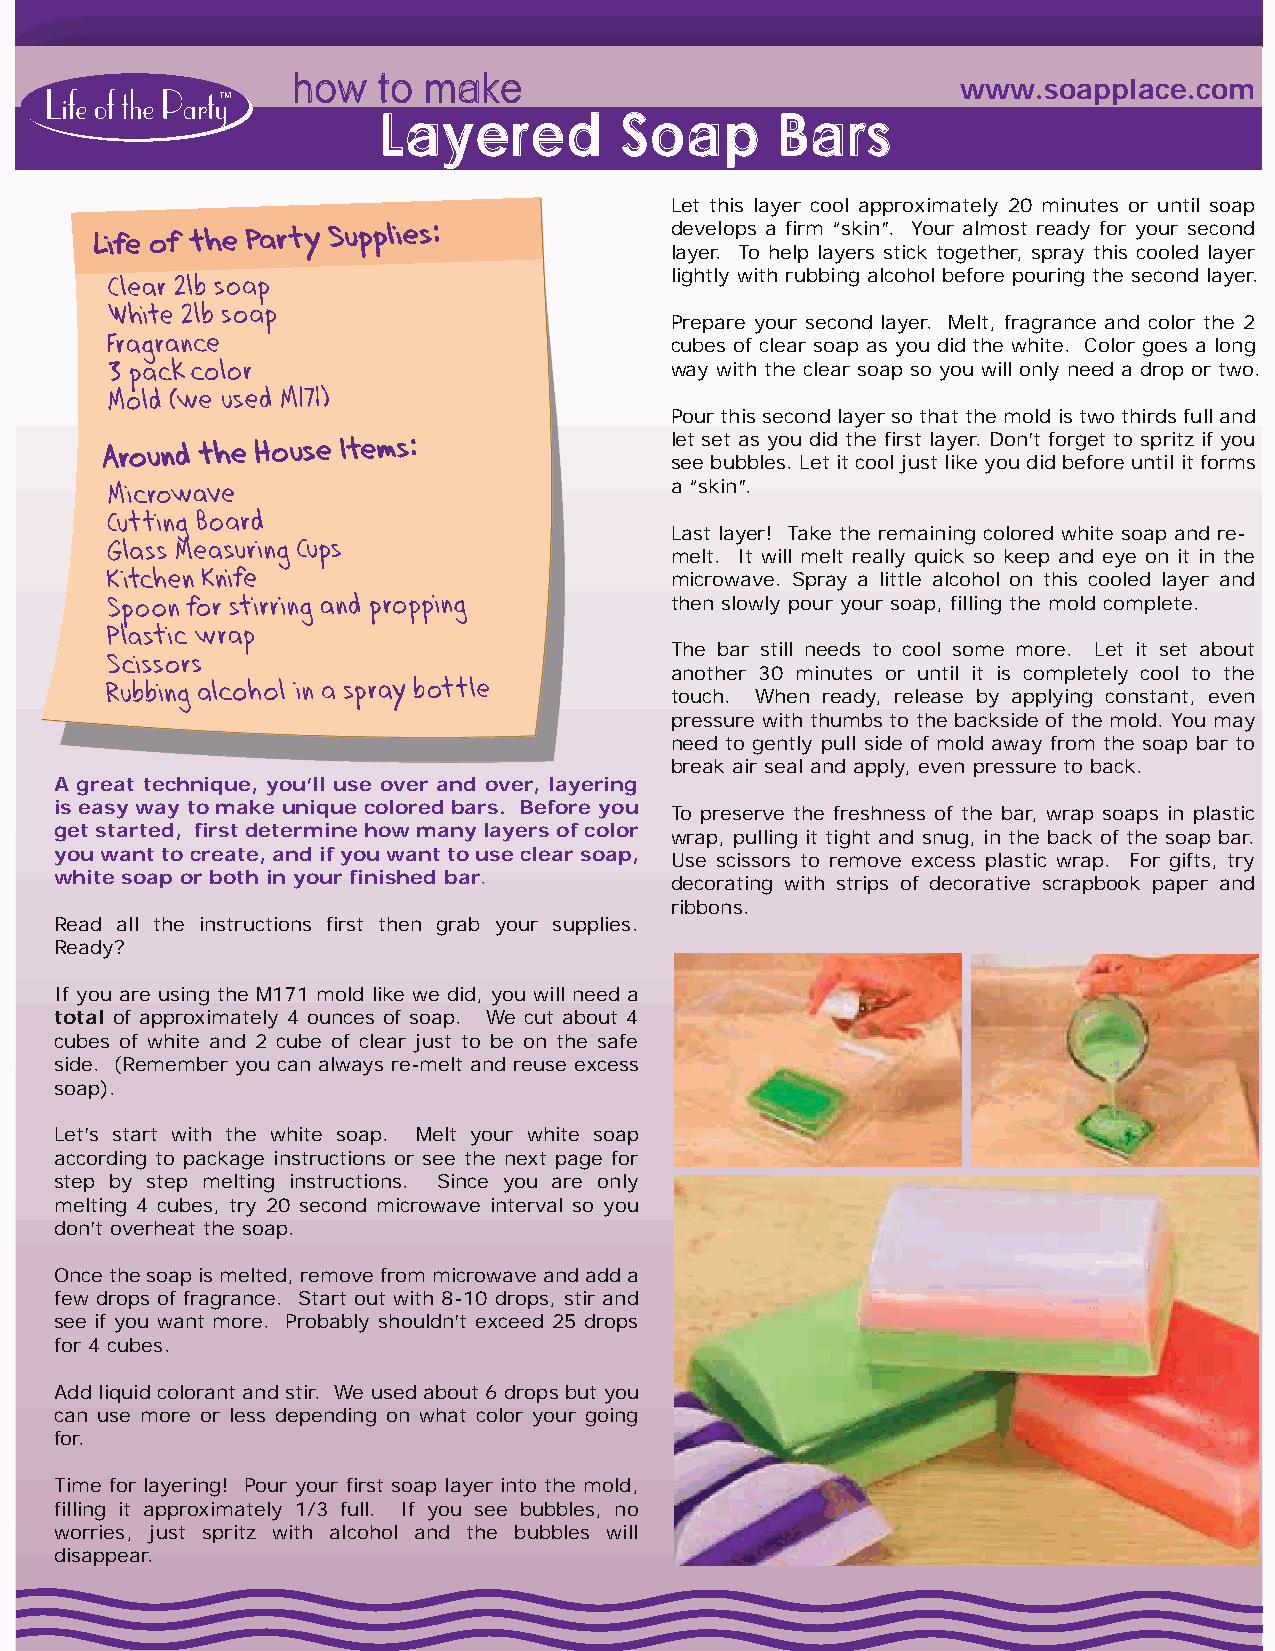
how   to make                                www.soapplace.com
 Layered         Soap      Bars
 Let this layer cool approximately 20 minutes or until soap
 develops a firm “skin”. Your almost ready for your second
 layer. To help layers stick together, spray this cooled layer
 lightly with rubbing alcohol before pouring the second layer.
 Prepare your second layer. Melt, fragrance and color the 2
 cubes of clear soap as you did the white. Color goes a long
 way with the clear soap so you will only need a drop or two.
 Pour this second layer so that the mold is two thirds full and
 let set as you did the first layer. Don’t forget to spritz if you
 see bubbles. Let it cool just like you did before until it forms
 a “skin”.
 Last layer! Take the remaining colored white soap and re-
 melt. It will melt really quick so keep and eye on it in the
 microwave. Spray a little alcohol on this cooled layer and
 then slowly pour your soap, filling the mold complete.
 The bar still needs to cool some more. Let it set about
 another 30 minutes or until it is completely cool to the
 touch. When ready, release by applying constant, even
 pressure with thumbs to the backside of the mold. You may
 need to gently pull side of mold away from the soap bar to
 break air seal and apply, even pressure to back.
 A great technique, you’ll use over and over, layering
 is easy way to make unique colored bars. Before you
 To preserve the freshness of the bar, wrap soaps in plastic
 get started, first determine how many layers of color
 wrap, pulling it tight and snug, in the back of the soap bar.
 you want to create, and if you want to use clear soap,
 Use scissors to remove excess plastic wrap. For gifts, try
 white soap or both in your finished bar.
 decorating with strips of decorative scrapbook paper and
 ribbons.
 Read all the instructions first then grab your supplies.
 Ready?
 If you are using the M171 mold like we did, you will need a
 total of approximately 4 ounces of soap. We cut about 4
 cubes of white and 2 cube of clear just to be on the safe
 side. (Remember you can always re-melt and reuse excess
 soap).
 Let’s start with the white soap. Melt your white soap
 according to package instructions or see the next page for
 step by step melting instructions. Since you are only
 melting 4 cubes, try 20 second microwave interval so you
 don’t overheat the soap.
 Once the soap is melted, remove from microwave and add a
 few drops of fragrance. Start out with 8-10 drops, stir and
 see if you want more. Probably shouldn’t exceed 25 drops
 for 4 cubes.
 Add liquid colorant and stir. We used about 6 drops but you
 can use more or less depending on what color your going
 for.
 Time for layering! Pour your first soap layer into the mold,
 filling it approximately 1/3 full. If you see bubbles, no
 worries, just spritz with alcohol and the bubbles will
 disappear.